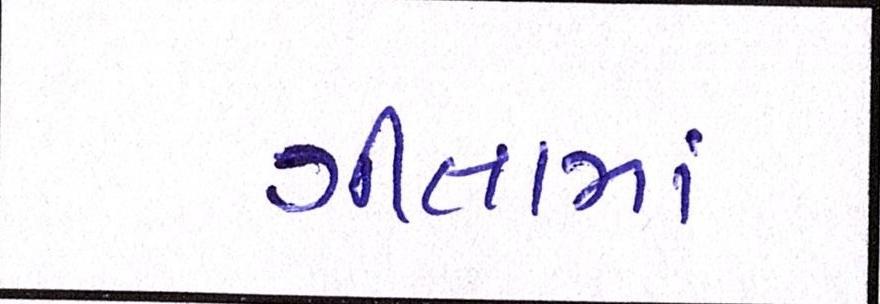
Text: ગીતામાં